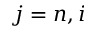
j = n , i